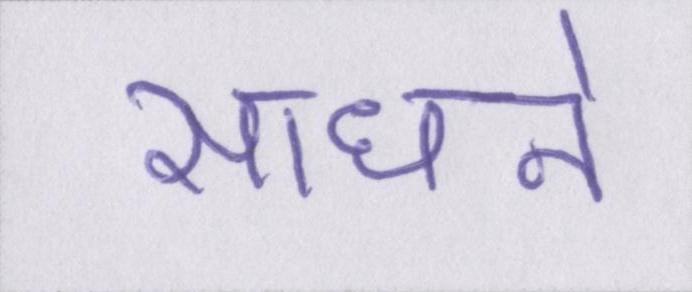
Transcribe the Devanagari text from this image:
साधने